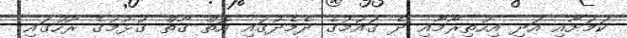
ކަމަށާއި އަދި އިހުތިރާމާއި ދެ ގައުމުގެ ދެމެދުގައި އޮތް ގާތް ގުޅުމުގެ ރޫހުގައި